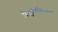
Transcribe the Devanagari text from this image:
विद्युच्चिकित्सा